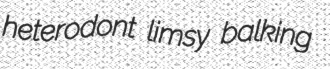
heterodont limsy balking